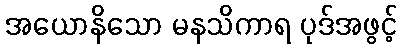
အယောနိသော မနသိကာရ ပုဒ်အဖွင့်